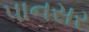
પાનસર